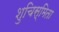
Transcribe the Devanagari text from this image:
शुचिस्मिता